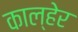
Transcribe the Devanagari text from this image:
काल्हेर